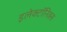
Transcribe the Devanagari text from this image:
इलेक्टॉनिक्स